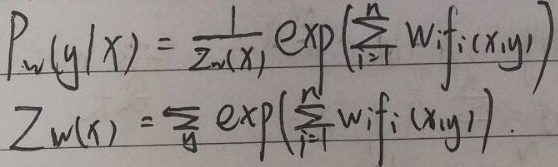
\(P_w(y|x)=\frac{1}{Z_w(x)}\exp\left(\sum_{i = 1}^{n}w_if_i(x,y)\right)\)
\(Z_w(x)=\sum_{y}\exp\left(\sum_{i = 1}^{n}w_if_i(x,y)\right)\)